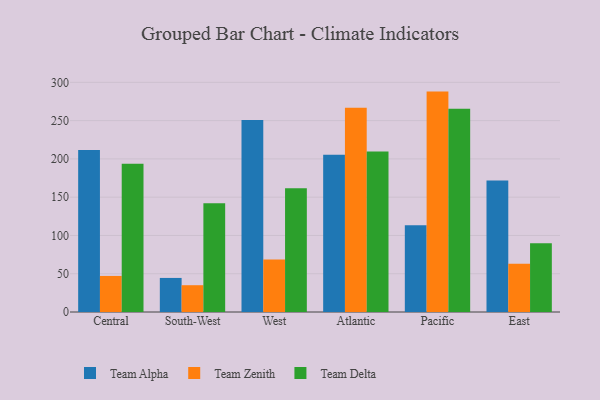
{"axis": {"x": "Region", "y": "Customer Acquisition Cost (USD)"}, "legend": ["Team Alpha", "Team Delta", "Team Zenith"], "data": [{"x": "Central", "y": 211.7, "type": "Team Alpha"}, {"x": "Central", "y": 47.1, "type": "Team Zenith"}, {"x": "Central", "y": 193.6, "type": "Team Delta"}, {"x": "South-West", "y": 44.5, "type": "Team Alpha"}, {"x": "South-West", "y": 35.0, "type": "Team Zenith"}, {"x": "South-West", "y": 142.0, "type": "Team Delta"}, {"x": "West", "y": 250.9, "type": "Team Alpha"}, {"x": "West", "y": 68.5, "type": "Team Zenith"}, {"x": "West", "y": 161.5, "type": "Team Delta"}, {"x": "Atlantic", "y": 205.5, "type": "Team Alpha"}, {"x": "Atlantic", "y": 266.8, "type": "Team Zenith"}, {"x": "Atlantic", "y": 209.7, "type": "Team Delta"}, {"x": "Pacific", "y": 113.3, "type": "Team Alpha"}, {"x": "Pacific", "y": 287.9, "type": "Team Zenith"}, {"x": "Pacific", "y": 265.6, "type": "Team Delta"}, {"x": "East", "y": 171.7, "type": "Team Alpha"}, {"x": "East", "y": 62.9, "type": "Team Zenith"}, {"x": "East", "y": 89.8, "type": "Team Delta"}]}